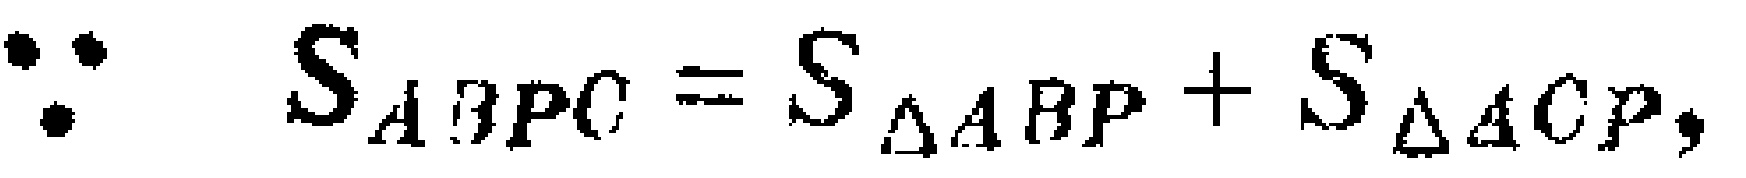
\(\because S_{ABPC}=S_{\triangle ABP}+S_{\triangle ACP},\)